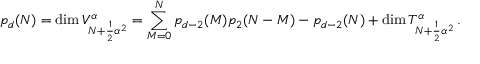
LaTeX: p _ { d } ( N ) = \mathrm { d i m } \, V _ { N + \frac { 1 } { 2 } { \alpha } ^ { 2 } } ^ { \alpha } = \sum _ { M = 0 } ^ { N } p _ { d - 2 } ( M ) p _ { 2 } ( N - M ) - p _ { d - 2 } ( N ) + \mathrm { d i m } \, T _ { N + \frac { 1 } { 2 } { \alpha } ^ { 2 } } ^ { \alpha } \, .